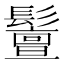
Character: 𩯤